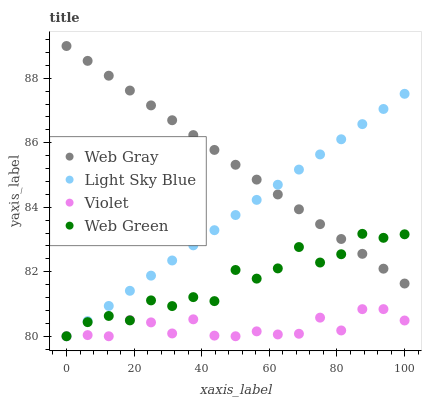
| xaxis_label | Web Gray | Light Sky Blue | Violet | Web Green |
 | --- | --- | --- | --- | --- |
 | 0 | 89 | 80 | 80 | 80 |
 | 6.25 | 88.5 | 80.5 | 80 | 80.4 |
 | 12.5 | 88.1 | 80.9 | 80 | 80.6 |
 | 18.8 | 87.6 | 81.4 | 80.5 | 80.5 |
 | 25 | 87.2 | 81.9 | 80.4 | 81.1 |
 | 31.2 | 86.7 | 82.3 | 80.1 | 80.9 |
 | 37.5 | 86.2 | 82.8 | 80.5 | 81.2 |
 | 43.8 | 85.8 | 83.3 | 80 | 81.1 |
 | 50 | 85.3 | 83.8 | 80 | 82.1 |
 | 56.2 | 84.9 | 84.2 | 80.2 | 81.8 |
 | 62.5 | 84.4 | 84.7 | 80.1 | 82.1 |
 | 68.8 | 83.9 | 85.2 | 80.1 | 82.8 |
 | 75 | 83.5 | 85.6 | 80.6 | 82.3 |
 | 81.2 | 83 | 86.1 | 80.2 | 82.5 |
 | 87.5 | 82.6 | 86.6 | 80.8 | 83.2 |
 | 93.8 | 82.1 | 87 | 80.8 | 83.1 |
 | 100 | 81.6 | 87.5 | 80.5 | 83.2 |